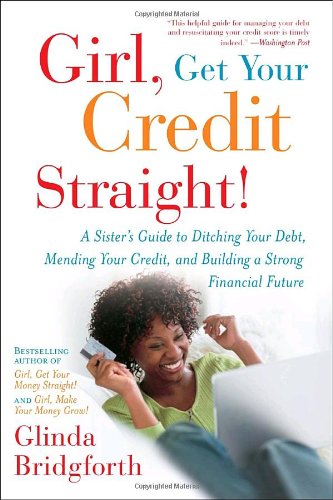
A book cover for Girl, Get Your Credit Straight!: A Sister's Guide to Ditching Your Debt, Mending Your Credit, and Building a Strong Financial Future; Glinda Bridgforth; Business & Money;